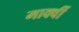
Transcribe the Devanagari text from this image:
मार्क्वी